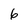
Character: 6